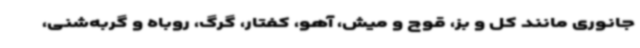
جانوری مانند کل و بز، قوچ و میش، آهو، کفتار، گرگ، روباه و گربه‌شنی،